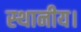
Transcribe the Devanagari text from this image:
स्‍थानीय।